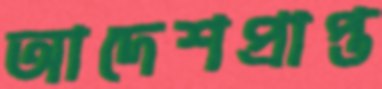
আদেশপ্রাপ্ত